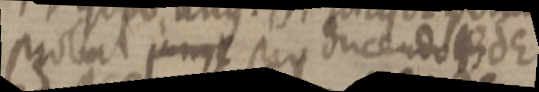
prolut junq_ pro ducendo BdE